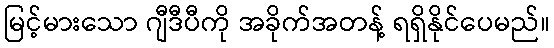
မြင့်မားသော ဂျီဒီပီကို အခိုက်အတန့် ရရှိနိုင်ပေမည်။